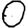
Digit: 0